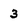
Character: 3